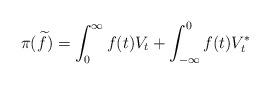
LaTeX: \begin{align*}\pi(\widetilde{f})=\int_{0}^{\infty} f(t)V_{t} + \int_{-\infty}^{0}f(t)V_{t}^{*}\end{align*}